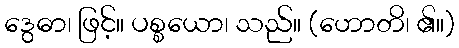
ဒွေဓာ၊ ဖြင့်။ ပစ္စယော၊ သည်။ (ဟောတိ၊ ၏။)